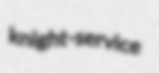
knight-service